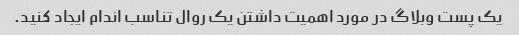
یک پست وبلاگ در مورد اهمیت داشتن یک روال تناسب اندام ایجاد کنید.